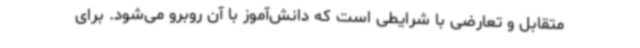
متقابل و تعارضی با شرایطی است که دانش‌آموز با آن روبرو می‌شود. برای